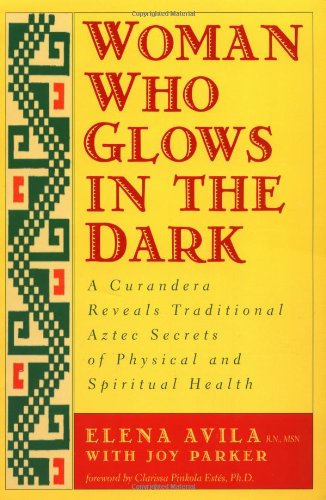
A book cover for Woman Who Glows in the Dark: A Curandera Reveals Traditional Aztec Secrets of Physical and Spiritual Health; Elena Avila; Literature & Fiction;